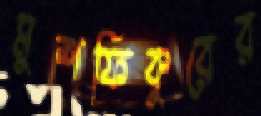
মুশফিকুরের